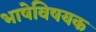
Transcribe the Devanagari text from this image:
भाषेविषयक